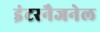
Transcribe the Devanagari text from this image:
इंटरनैजनेल